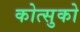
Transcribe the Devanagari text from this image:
कोत्सुको